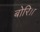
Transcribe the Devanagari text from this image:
बोरि।।